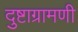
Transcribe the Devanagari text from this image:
दुष्टाग्रामणी